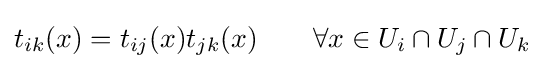
t_{ik}(x)=t_{ij}(x)t_{jk}(x)\qquad \forall x\in U_{i}\cap U_{j}\cap U_{k}